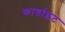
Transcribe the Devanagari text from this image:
कार्डाइट